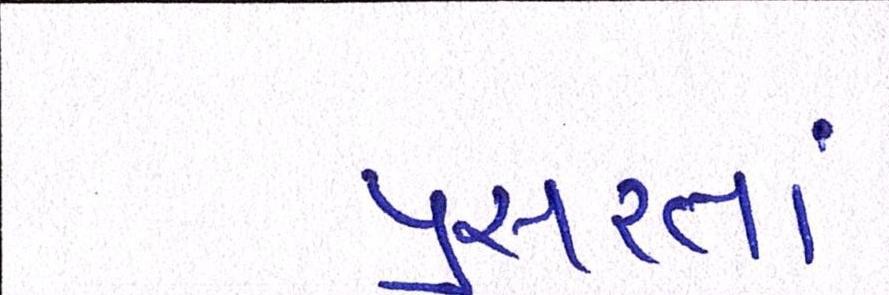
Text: પ્રસરતાં